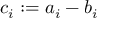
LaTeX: c _ { i } : = a _ { i } - b _ { i }